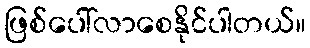
ဖြစ်ပေါ်လာစေနိုင်ပါတယ်။